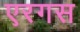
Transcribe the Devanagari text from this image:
एरगस